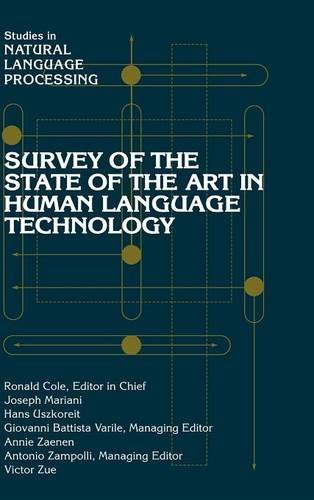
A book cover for Survey of the State of the Art in Human Language Technology (Studies in Natural Language Processing); Computers & Technology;